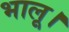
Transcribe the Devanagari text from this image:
भालू।